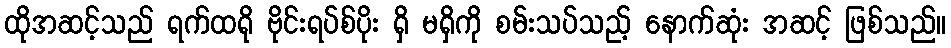
ထိုအဆင့်သည် ရက်ထရို ဗိုင်းရပ်စ်ပိုး ရှိ မရှိကို စမ်းသပ်သည့် နောက်ဆုံး အဆင့် ဖြစ်သည်။